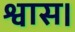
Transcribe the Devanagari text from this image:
श्वास।